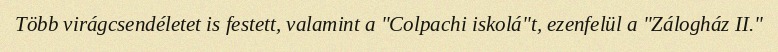
Több virágcsendéletet is festett, valamint a "Colpachi iskolá"t, ezenfelül a "Zálogház II."